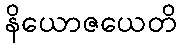
နိယောဇယေတိ